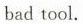
bad tool.